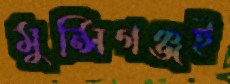
মুন্সিগঞ্জই